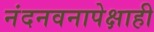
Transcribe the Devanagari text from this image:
नंदनवनापेक्षाही